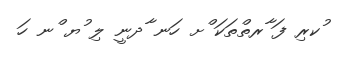
ުކރި ފަ ާރތްތަކަ ްށ ހަނ ާދނީ ލި ުޔ ްނ ހަ